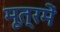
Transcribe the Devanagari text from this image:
मूत्रमें